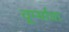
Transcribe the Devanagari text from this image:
चूर्म्याचा